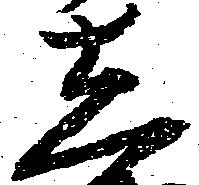
し